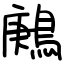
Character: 鶊